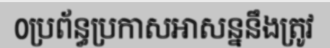
0ប្រព័ន្ធប្រកាសអាសន្ននឹងត្រូវ